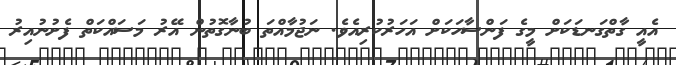
އެއީ ގާތްގަނޑަކަށް މީގެ ފަންސާހަކަށް އަހަރުކުރިއެވެ. ނަޖުމާއްތަ ބުނާގޮތުން އޭރު މަސައްކަތް ފެށުނުއިރު